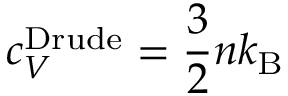
c _ { V } ^ { \mathrm { D r u d e } } = { \frac { 3 } { 2 } } n k _ { \mathrm { { B } } }